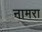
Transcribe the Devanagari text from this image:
नामरा